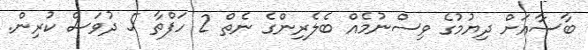
ބާސާއަށް ދިޔުމުގެ ވިސްނުމެއް ބެލެރިންގެ ނެތް 2 ހަފްތާ 5 ދުވަސް ކުރިން.